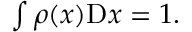
\begin{array} { r } { \int \rho ( x ) \mathrm { D } x = 1 . } \end{array}